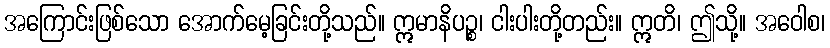
အကြောင်းဖြစ်သော အောက်မေ့ခြင်းတို့သည်။ ဣမာနိပဉ္စ၊ ငါးပါးတို့တည်း။ ဣတိ၊ ဤသို့။ အဝေါစ၊